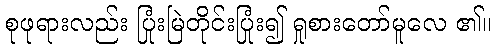
စုဖုရားလည်း ပြုံးမြဲတိုင်းပြုံး၍ ရှုစားတော်မူလေ ၏။